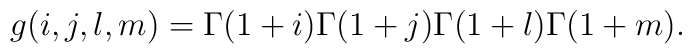
g(i,j,l,m)= \Gamma(1+i)\Gamma(1+j)\Gamma(1+l)\Gamma(1+m).